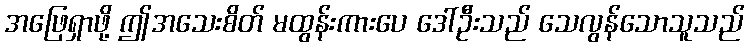
အဖြေရှာဖို့ ဤအသေးစိတ် မထွန်းကားပေ ဒေါ်ဦးသည် သေလွန်သောသူသည်